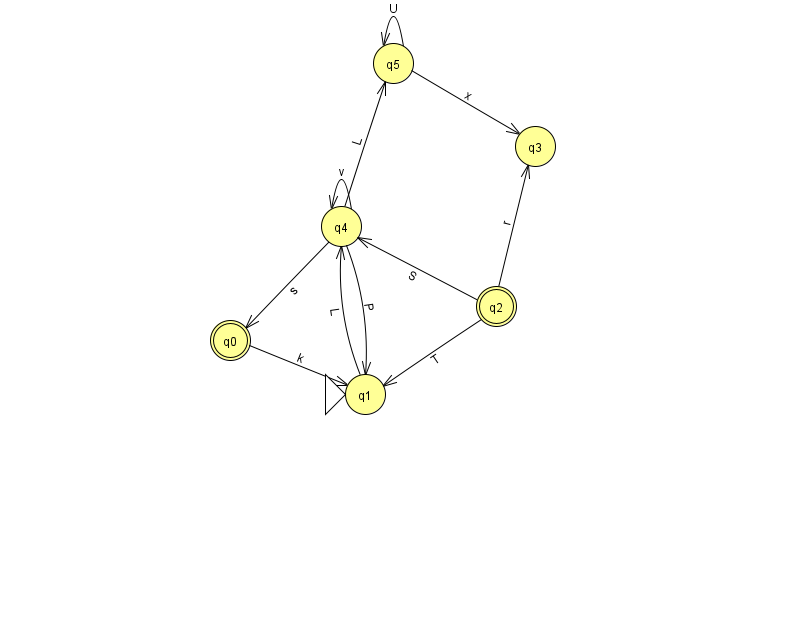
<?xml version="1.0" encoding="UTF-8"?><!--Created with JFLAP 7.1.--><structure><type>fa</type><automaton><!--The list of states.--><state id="0" name="q0"><x>230.0</x><y>327.0</y><final/></state><state id="1" name="q1"><x>365.0</x><y>381.0</y><initial/></state><state id="2" name="q2"><x>496.0</x><y>293.0</y><final/></state><state id="3" name="q3"><x>535.0</x><y>133.0</y></state><state id="4" name="q4"><x>341.0</x><y>213.0</y></state><state id="5" name="q5"><x>393.0</x><y>50.0</y></state><!--The list of transitions.--><transition><from>0</from><to>1</to><read>k</read></transition><transition><from>5</from><to>5</to><read>U</read></transition><transition><from>4</from><to>1</to><read>P</read></transition><transition><from>4</from><to>4</to><read>v</read></transition><transition><from>5</from><to>3</to><read>x</read></transition><transition><from>2</from><to>3</to><read>r</read></transition><transition><from>1</from><to>4</to><read>L</read></transition><transition><from>2</from><to>1</to><read>T</read></transition><transition><from>2</from><to>4</to><read>S</read></transition><transition><from>4</from><to>0</to><read>s</read></transition><transition><from>4</from><to>5</to><read>L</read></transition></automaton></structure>